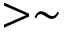
> \sim